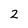
Character: 2